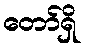
တော်ရှိ